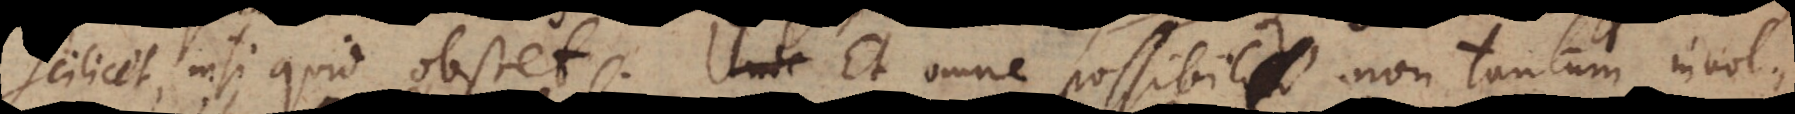
effectum, nisi quid obstet. Unde Et omne possibile non tantum invol